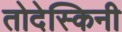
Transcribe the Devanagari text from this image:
तोदेस्किनी